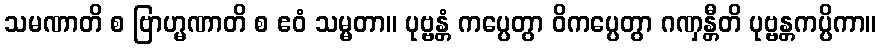
သမဏာတိ စ ဗြာဟ္မဏာတိ စ ဧဝံ သမ္မတာ။ ပုဗ္ဗန္တံ ကပ္ပေတွာ ဝိကပ္ပေတွာ ဂဏှန္တီတိ ပုဗ္ဗန္တကပ္ပိကာ။